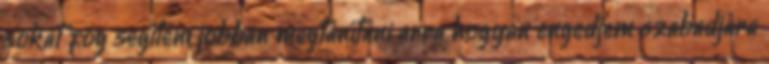
sokat fog segíteni jobban megtanítani arra hogyan engedjem szabadjára